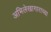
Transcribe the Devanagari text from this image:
अभिलेखागाराच्या